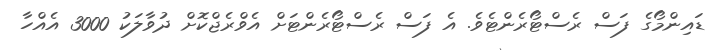
ޑައިންމޯގެ ފަސް ރެސްޓޯރެންޓެވެ. އެ ފަސް ރެސްޓޯރެންޓަށް އެވްރެޖްކޮށް ދުވާލަކު 3000 އެއްހާ